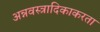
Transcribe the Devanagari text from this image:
अन्नवस्त्रादिकाकरता